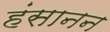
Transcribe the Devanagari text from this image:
हंसानन